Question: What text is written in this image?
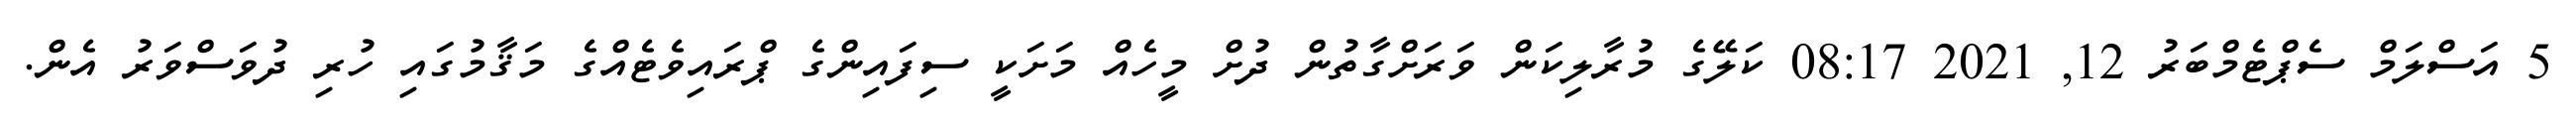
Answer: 5 އަސްލަމް ސެޕްޓެމްބަރު 12, 2021 08:17 ކަލޭގެ މުރާލިކަން ވަރަށްގާތުން ދުށް މީހެއް މަށަކީ ސިފައިންގެ ޕްރައިވެޓެއްގެ މަޤާމުގައި ހުރި ދުވަސްވަރު އެން.